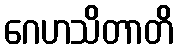
ဂေဟသိတာတိ